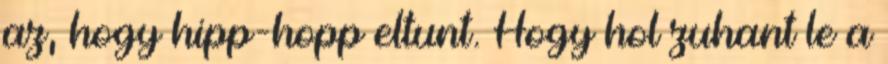
az, hogy hipp-hopp eltunt. Hogy hol zuhant le a